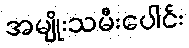
အမျိုးသမီးပေါင်း